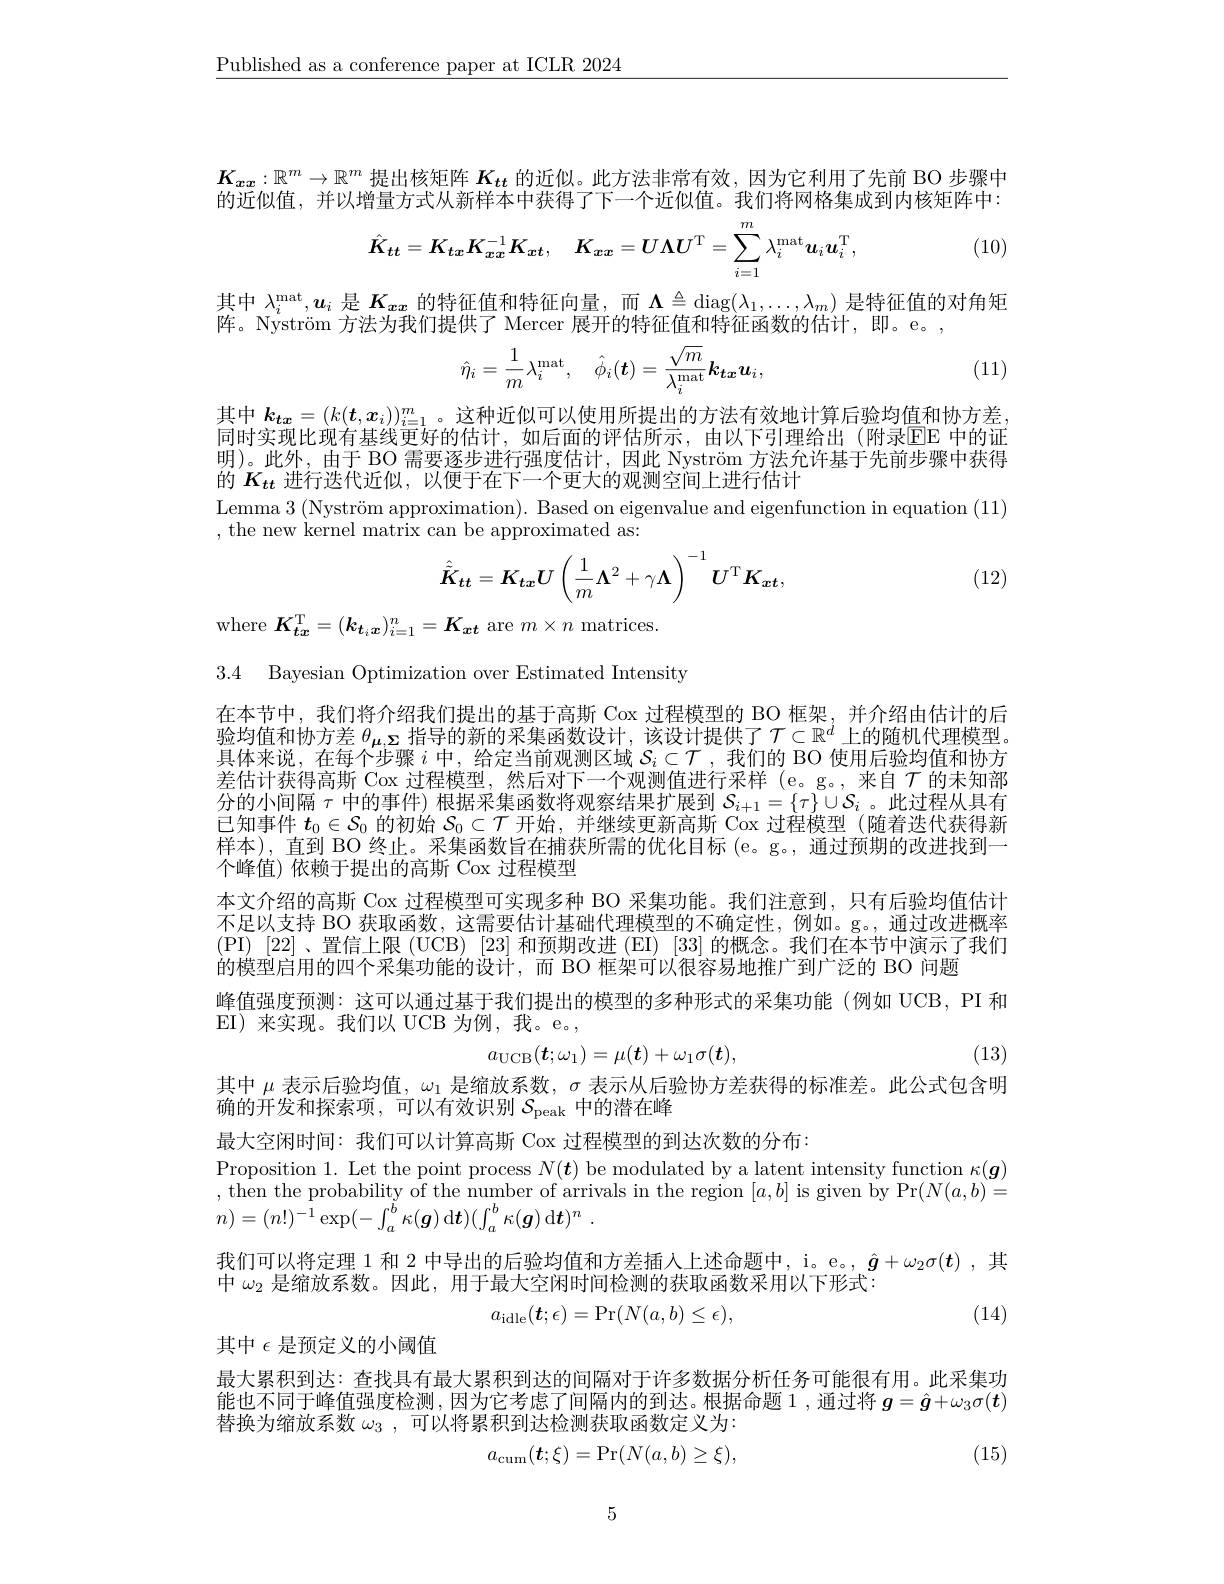
$\underline{\text{Published as a conference paper at ICLR 2024}}$

$K_{x\boldsymbol{x}}:\mathbb{R}^m\to\mathbb{R}^m$提出核矩阵$K_tt$的近似。此方法非常有效，因为它利用了先前 BO 步骤中的近似值，并以增量方式从新样本中获得了下一个近似值。我们将网格集成到内核矩阵中：

(10)
$$\hat{K}_{tt}=K_{tx}K_{xx}^{-1}K_{xt},\quad K_{xx}=U\boldsymbol{\Lambda U}^\mathrm{T}=\sum_{i=1}^m\lambda_i^\mathrm{mat}\boldsymbol{u}_i\boldsymbol{u}_i^\mathrm{T},$$
其中$\lambda_i^\mathrm{mat},\boldsymbol{u}_i$是$K_{\boldsymbol{x}\boldsymbol{x}}$的特征值和特征向量，而$\Lambda\triangleq\operatorname{diag}(\lambda_1,\ldots,\lambda_m)$是特征值的对角矩
阵。Nyström 方法为我们提供了 Mercer 展开的特征值和特征函数的估计，即。e。,
$$\hat{\eta}_{i}=\frac{1}{m}\lambda_{i}^{\mathrm{mat}},\quad\hat{\phi}_{i}(\boldsymbol{t})=\frac{\sqrt{m}}{\lambda_{i}^{\mathrm{mat}}}\boldsymbol{k}_{\boldsymbol{tx}}\boldsymbol{u}_{i},$$
(11)

其中 $k_{tx}=(k(\boldsymbol{t},\boldsymbol{x}_i))_{i=1}^m$。这种近似可以使用所提出的方法有效地计算后验均值和协方差， 同时实现比现有基线更好的估计，如后面的评估所示，由以下引理给出(附录EE 中的证明)。此外，由于 BO 需要逐步进行强度估计，因此 Nyström 方法允许基于先前步骤中获得的$K_{tt}$进行迭代近似，以便于在下一个更大的观测空间上进行估计
$\begin{array}{c}\text{Lemma 3 (Nyström approximation). Based on eigenvalue and eigenfunction in equation (11)}\\\text{Lemma 3 (Nyström approximation). Based on eigenvalue and eigenfunction in equation (11)}\end{array}$
, the new kernel matrix can be approximated as:
$$\hat{\tilde{K}}_{tt}=\boldsymbol{K}_{tx}\boldsymbol{U}\left(\frac{1}{m}\boldsymbol{\Lambda}^{2}+\gamma\boldsymbol{\Lambda}\right)^{-1}\boldsymbol{U}^{\mathrm{T}}\boldsymbol{K}_{\boldsymbol{xt}},$$
(12)

where $K_{tx}^{\mathrm{T}}=(\boldsymbol{k}_{t_i\boldsymbol{x}})_{i=1}^{n}=\boldsymbol{K}_{\boldsymbol{x}\boldsymbol{t}}$ are $m\times n$ matrices.
3.4 Bayesian Optimization over Estimated Intensity

在本节中，我们将介绍我们提出的基于高斯 Cox 过程模型的 BO 框架，并介绍由估计的后验均值和协方差$\theta_{\mu,\Sigma}$指导的新的采集函数设计，该设计提供了$\mathcal{T}\subset\mathbb{R}^d$上的随机代理模型。具体来说，在每个步骤$i$中，给定当前观测区域$S_i\subset\mathcal{T}$ ,我们的 BO 使用后验均值和协方差估计获得高斯 Cox 过程模型，然后对下一个观测值进行采样 (e。g。,来自$\tau$ 的未知部分的小间隔$\tau$中的事件) 根据采集函数将观察结果扩展到$\mathcal{S}_i+1=\{\tau\}\cup\mathcal{S}_i$ 。此过程从具有已知事件$t_0\in\mathcal{S}_0$的初始$\mathcal{S}_0\subset\mathcal{T}$开始，并继续更新高斯 Cox 过程模型 (随着迭代获得新样本),直到 BO 终止。采集函数旨在捕获所需的优化目标 (e。g。, 通过预期的改进找到一个峰值) 依赖于提出的高斯 Cox 过程模型
本文介绍的高斯 Cox 过程模型可实现多种 BO 采集功能。我们注意到，只有后验均值估计不足以支持 BO 获取函数，这需要估计基础代理模型的不确定性，例如。g。, 通过改进概率(PI) [22]、置信上限(UCB) [23] 和预期改进(EI) [33] 的概念。我们在本节中演示了我们的模型启用的四个采集功能的设计，而 BO 框架可以很容易地推广到广泛的 BO 问题
峰值强度预测：这可以通过基于我们提出的模型的多种形式的采集功能(例如 UCB, PI 和
EI)来实现。我们以 UCB 为例，我。e。,
(13)
$$a_\mathrm{UCB}(\boldsymbol{t};\omega_1)=\mu(\boldsymbol{t})+\omega_1\sigma(\boldsymbol{t}),$$
其中$\mu$表示后验均值，$\omega_1$是缩放系数，$\sigma$表示从后验协方差获得的标准差。此公式包含明
确的开发和探索项，可以有效识别$\mathcal{S}_\mathrm{peak}$中的潜在峰

最大空闲时间：我们可以计算高斯 Cox 过程模型的到达次数的分布：
Proposition 1. Let the point process $N(\boldsymbol{t})$ be modulated by a latent intensity function $\kappa(\boldsymbol{g})$
$[a,b]$
$\Pr(N(a,b)^{(\mathbf{o},\mathbf{o})}=$
$$\text{, then the probabinty or the numocr or ant}\\n)=(n!)^{-1}\exp(-\int_{a}^{b}\kappa(\boldsymbol{g})\:\mathrm{d}\boldsymbol{t})(\int_{a}^{b}\kappa(\boldsymbol{g})\:\mathrm{d}\boldsymbol{t})^{n}\:.$$
我们可以将定理 1 和 2 中导出的后验均值和方差插人上述命题中，i。e。, $\hat{g}+\omega_2\sigma(\boldsymbol{t})$ ,其
中$\omega_{2}$是缩放系数。因此。用干最大空闲时间检测的获取函数采用以下形式
$$a_{\mathrm{idle}}(\boldsymbol{t};\epsilon)=\Pr(N(a,b)\leq\epsilon),$$
(14)

其中$\epsilon$是预定义的小阈值

最大累积到达：查找具有最大累积到达的间隔对于许多数据分析任务可能很有用。此采集功能也不同于峰值强度检测，因为它考虑了间隔内的到达。根据命题 1 ,通过将$g=\hat{\boldsymbol{g}}+\omega_3\sigma(\boldsymbol{t})$ 替换为缩放系数$\omega _3$ ,可以将累积到达检测获取函数定义为：
$$a_{\mathrm{cum}}(t;\xi)=\mathrm{Pr}(N(a,b)\geq\xi),$$
(15)

5